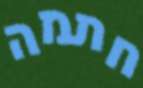
חתמה